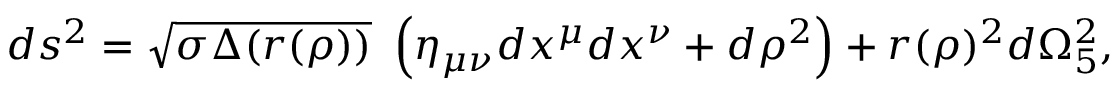
d s ^ { 2 } = \sqrt { \sigma \Delta ( r ( \rho ) ) } ~ \left( \eta _ { \mu \nu } d x ^ { \mu } d x ^ { \nu } + d \rho ^ { 2 } \right) + r ( \rho ) ^ { 2 } d \Omega _ { 5 } ^ { 2 } ,